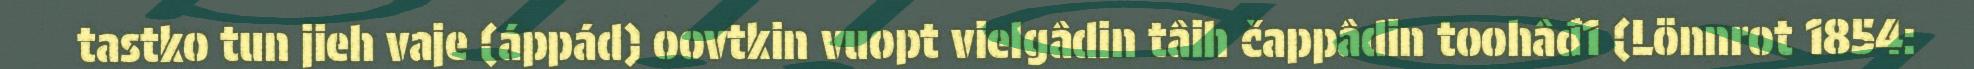
tastko tun jieh vaje (áppád) oovtkin vuopt vielgâdin tâih čappâdin toohâđ1 (Lönnrot 1854: